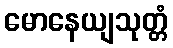
မောနေယျသုတ္တံ